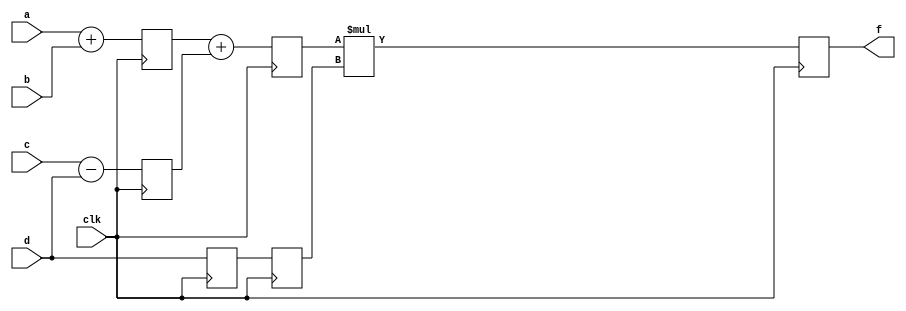
module pipelining(f,a,b,c,d,clk);
parameter N = 10 ;
input [N-1:0] a,b,c,d;
input clk;
output [N-1:0] f;
reg [N-1:0] L12_X1,L12_X2,L12_D,L23_X3,L23_D,L34_F;

assign L34_F= f;

always @(posedge clk)
begin
L12_X1= #4 a+b ;
L12_X2= #4 c-d ;
L12_D= d ;
end 

always @(posedge clk)
begin
L23_X3= #4 L12_X1 + L12_X2;
L23_D= L12_D;
end

always @(posedge clk)

L34_F <= #6 L23_X3 * L23_D ;


endmodule